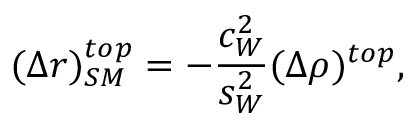
( \Delta r ) _ { S M } ^ { t o p } = - \frac { c _ { W } ^ { 2 } } { s _ { W } ^ { 2 } } ( \Delta \rho ) ^ { t o p } ,